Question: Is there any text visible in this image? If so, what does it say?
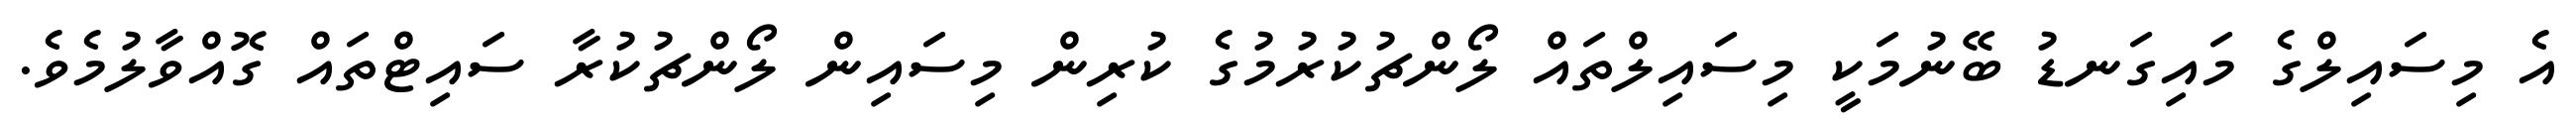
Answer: އެ މިސައިލްގެ މައިގަނޑު ބޭނުމަކީ މިސައިލްތައް ލޯންޗުކުރުމުގެ ކުރިން މިސައިން ލޯންޗުކުރާ ސައިޓްތައް ގޮއްވާލުމެވެ.